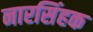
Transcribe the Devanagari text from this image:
नारसिंहक